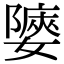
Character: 𡣀